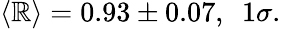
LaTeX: \langle\mathbb{R}\rangle=0.93\pm0.07,\ \ 1\sigma.